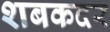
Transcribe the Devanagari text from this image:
शबकदर